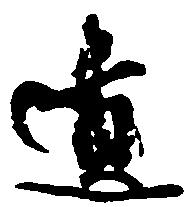
遺